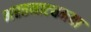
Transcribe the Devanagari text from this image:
भरतनाट्यमचा